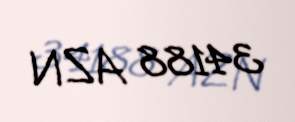
34188 AZN